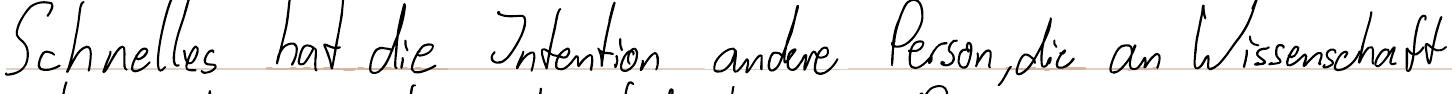
Schnelles hat die Intention andere Person, die an Wissenschaft